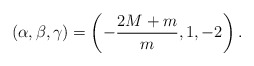
\begin{align*}(\alpha,\beta,\gamma)= \left(-\frac{2M+m}{m}, 1, -2\right).\end{align*}